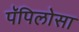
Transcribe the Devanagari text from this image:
पॅपिलोसा